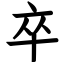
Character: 卒